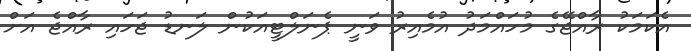
އެކަމަކު ރާއްޖޭގެ މުހައްމަދު އުމެއިރު ވަނީ ޕެނަލްޓީއަކުން ލަނޑު ޖަހައި ރާއްޖެ އަށް